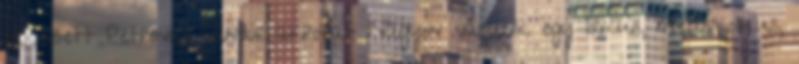
érkezett Petrovics Sándor akroba- Nagyon várunk egy lírikus, melankolikus,